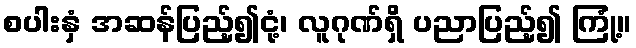
စပါးနှံ အဆန်ပြည့်၍ငုံ့၊ လူဂုဏ်ရှိ ပညာပြည့်၍ ကြုံ့။